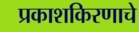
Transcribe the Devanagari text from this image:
प्रकाशकिरणाचे